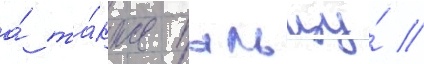
а́ та́кже пыльцу́ //